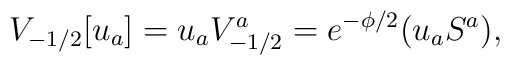
V_{-1/2}[u_a]=u_aV^a_{-1/2}=e^{-\phi/2}(u_aS^a),